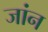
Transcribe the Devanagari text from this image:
जांन